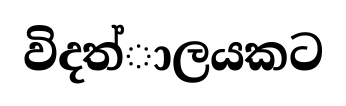
විදත්ාලයකට